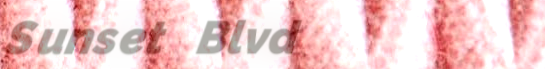
Sunset Blvd